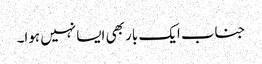
جناب ایک بار بھی ایسا نہیں ہوا۔